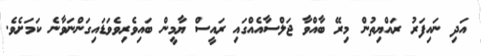
އަދި ނައިފަރު ރައްޔިތުން މިރޭ ބާއްވާ ޖަލްސާއެއްގައި ރައީސް ޔާމީން ބައިވެރިވެވަޑައިގަންނަވާނެ ކަމަށެވެ.